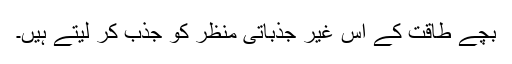
بچے طاقت کے اس غیر جذباتی منظر کو جذب کر لیتے ہیں۔